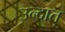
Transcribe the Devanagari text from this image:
उन्दात